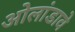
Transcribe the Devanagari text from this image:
ओलांडावे